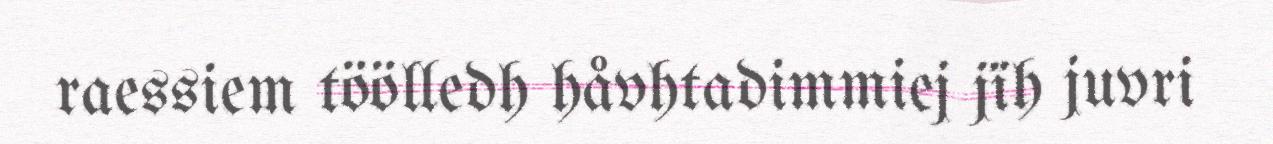
raessiem töölledh håvhtadimmiej jïh juvri